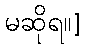
မဆိုရ။]